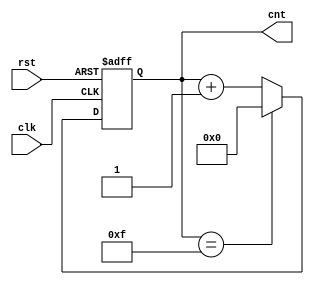
module ModulusCounter #(
    parameter N = 16  // Default modulus value, can be configured
)(
    input wire clk,    // Clock input
    input wire rst,    // Asynchronous reset
    output reg [$clog2(N)-1:0] cnt // Count output (bit-width depending on N)
);

    // Always block for counter logic
    always @(posedge clk or posedge rst) begin
        if (rst) begin
            cnt <= 0; // Reset count to zero on reset signal
        end else begin
            if (cnt == N-1) begin
                cnt <= 0; // Wrap around to 0 if max count is reached
            end else begin
                cnt <= cnt + 1; // Increment count
            end
        end
    end
endmodule